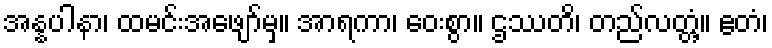
အန္နပါနာ၊ ထမင်းအဖျော်မှ။ အာရကာ၊ ဝေးစွာ။ ဌဿတိ၊ တည်လတ္တံ့။ ဧတံ၊